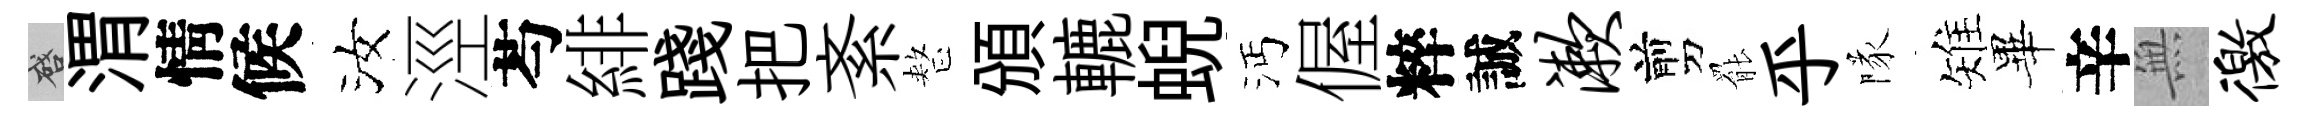
啓渭情候汝涇芍緋踐把紊整頒轆蜺沔偓粹誠漱剪罷乎隊雉畢辛𭴾徼